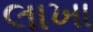
લાખા